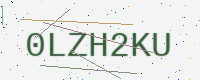
Text: 0LZH2KU